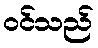
ဝင်သည်